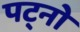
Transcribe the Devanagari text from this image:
पट्नो